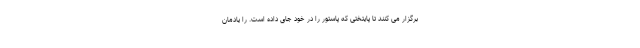
برگزار می کنند تا پایتختی که پاستور را در خود جای داده است. را یادمان